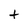
Character: t